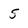
Character: 5